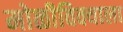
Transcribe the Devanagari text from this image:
मोळीविक्याला